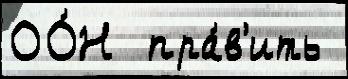
ОО́Н  пра́в'ить